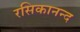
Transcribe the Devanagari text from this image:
रसिकानन्द